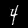
Digit: 4